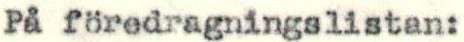
På föredragningslistan: